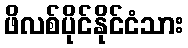
ဖိလစ်ပိုင်နိုင်ငံသား